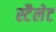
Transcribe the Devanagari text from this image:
स्टैलेट